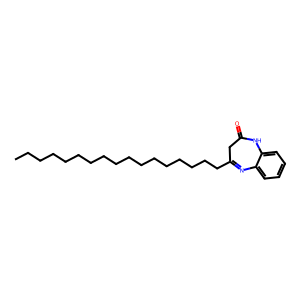
SMILES: CCCCCCCCCCCCCCCCCC1=Nc2ccccc2NC(=O)C1
Inhibits HIV replication: No